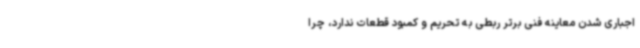
اجباری شدن معاینه فنی برتر ربطی به تحریم و کمبود قطعات ندارد، چرا